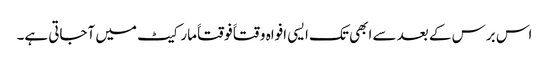
اس برس کے بعد سے ابھی تک ایسی افواہ وقتاََ فوقتاََ مارکیٹ میں آجاتی ہے۔